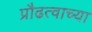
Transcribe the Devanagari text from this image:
प्रौढत्वाच्या